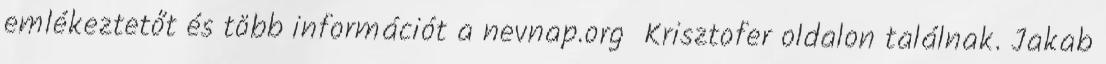
emlékeztetőt és több információt a nevnap.org Krisztofer oldalon találnak. Jakab